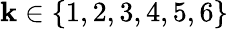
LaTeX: \mathbf{k}\in\{ 1,2,3,4,5,6\}